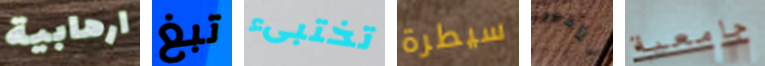
ارهابية تبغ تختبىء سيطرة للأمور جامعية